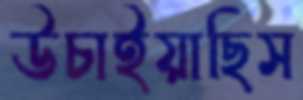
উচাইয়াছিস